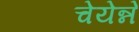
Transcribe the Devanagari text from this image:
चेयेन्ने